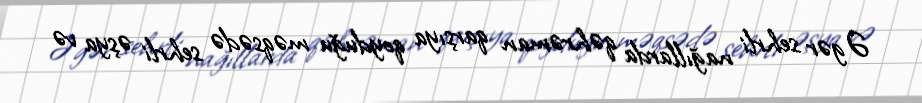
Əgər sehrli nağıllarda qəhrəman qarşıya qoyduğu məqsədə sehrli əşya və